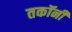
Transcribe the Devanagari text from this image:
तकॉनी